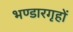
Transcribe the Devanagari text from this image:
भण्डारगृहों